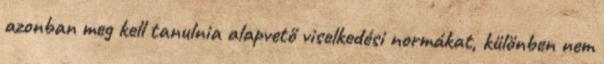
azonban meg kell tanulnia alapvető viselkedési normákat, különben nem